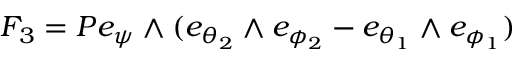
F _ { 3 } = P e _ { \psi } \wedge ( e _ { \theta _ { 2 } } \wedge e _ { \phi _ { 2 } } - e _ { \theta _ { 1 } } \wedge e _ { \phi _ { 1 } } )